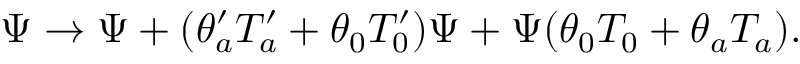
\Psi \rightarrow \Psi + ( \theta _ { a } ^ { \prime } T _ { a } ^ { \prime } + \theta _ { 0 } T _ { 0 } ^ { \prime } ) \Psi + \Psi ( \theta _ { 0 } T _ { 0 } + \theta _ { a } T _ { a } ) .